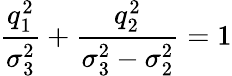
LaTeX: \frac{q_{1}^{2}}{\sigma_{3}^{2}}+\frac{q_{2}^{2}}{\sigma_{3}^{2}-\sigma_{2}^{2}}=1